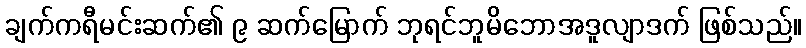
ချက်ကရီမင်းဆက်၏ ၉ ဆက်မြောက် ဘုရင်ဘူမိဘောအဒူလျာဒက် ဖြစ်သည်။